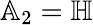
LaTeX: \mathbb{A}_{2}=\mathbb{H}